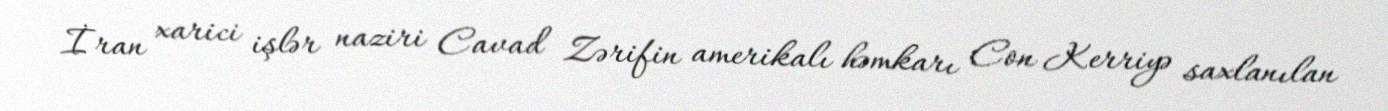
İran xarici işlər naziri Cavad Zərifin amerikalı həmkarı Con Kerriyə saxlanılan